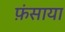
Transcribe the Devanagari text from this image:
फ़ंसाया